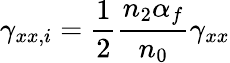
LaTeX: \gamma_{xx,i}=\frac{1}{2}\frac{n_{2}\alpha_{f}}{n_{0}}\gamma_{xx}